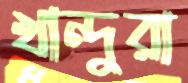
খান্দুরা